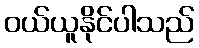
ဝယ်ယူနိုင်ပါသည်